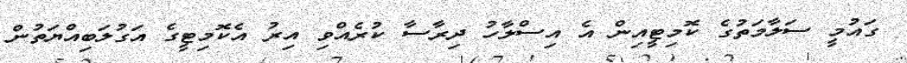
ގައުމީ ސަލާމަތުގެ ކޮމިޓީއިން އެ އިސްލާހު ދިރާސާ ކުރެއްވި އިރު އެކޮމިޓީގެ އަގުލަބިއްޔަތުން